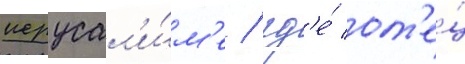
иерусал'и́м'е / гд'е́ от'е́ц